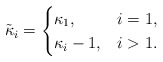
\begin{align*}\tilde{\kappa}_i=\begin{cases}\kappa_1,&i=1,\\\kappa_i-1, & i>1.\end{cases}\end{align*}